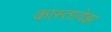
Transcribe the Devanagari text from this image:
कास्तावेझ